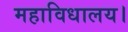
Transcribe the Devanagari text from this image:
महाविधालय।